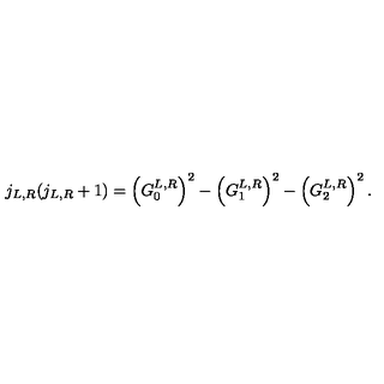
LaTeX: j _ { L , R } ( j _ { L , R } + 1 ) = \left( G _ { 0 } ^ { L , R } \right) ^ { 2 } - \left( G _ { 1 } ^ { L , R } \right) ^ { 2 } - \left( G _ { 2 } ^ { L , R } \right) ^ { 2 } .